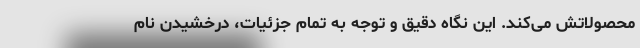
محصولاتش می‌کند. این نگاه دقیق و توجه به تمام جزئیات، درخشیدن نام